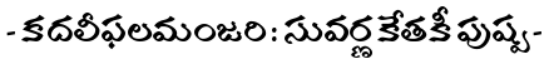
- కదలీఫలమంజరి : సువర్ణకేతకీ పుష్ప -